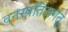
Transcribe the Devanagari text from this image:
वनस्पतिजगत्